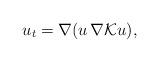
LaTeX: \begin{align*}u_t=\nabla (u\, \nabla {\mathcal K} u),\end{align*}